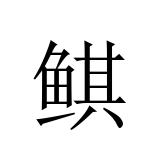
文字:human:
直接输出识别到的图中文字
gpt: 鲯